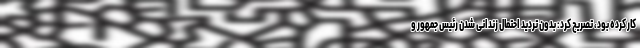
کار کرده بود، تصریح کرد: بدون تردید احتمال زندانی شدن رئیس جمهور و